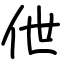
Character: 伳